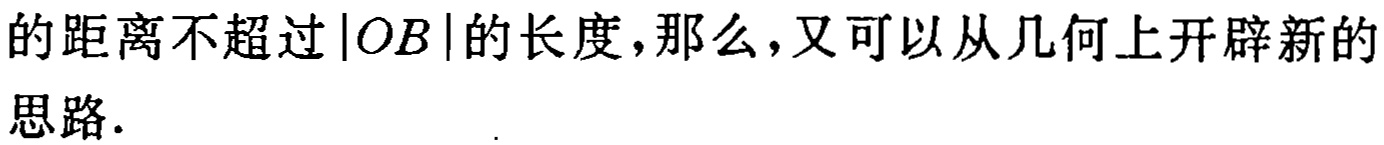
的距离不超过\(|OB|\)的长度,那么,又可以从几何上开辟新的思路.